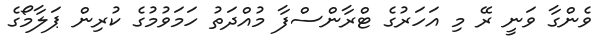
ވެންގާ ވަނީ ރޭ މި އަހަރުގެ ޓްރާންސްފާ މުއްދަތު ހަމަވުމުގެ ކުރިން ޕަލާމޯގެ